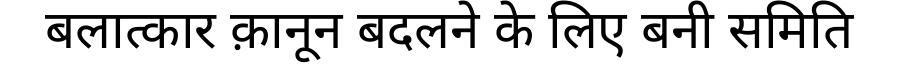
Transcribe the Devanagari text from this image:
बलात्कार क़ानून बदलने के लिए बनी समिति